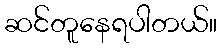
ဆင်တူနေရပါတယ်။